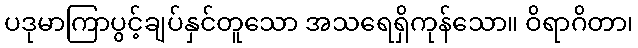
ပဒုမာကြာပွင့်ချပ်နှင်တူသော အသရေရှိကုန်သော။ ဝိရာဂိတာ၊